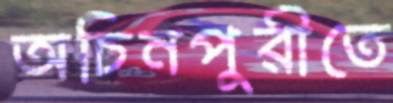
অচিনপুরীতে